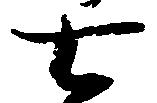
七